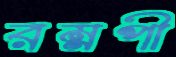
রম্নপী